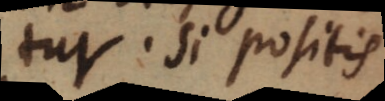
tur. Si positis